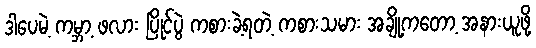
ဒါပေမဲ့ ကမ္ဘာ့ ဖလား ပြိုင်ပွဲ ကစားခဲ့ရတဲ့ ကစားသမား အချို့ကတော့ အနားယူဖို့